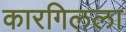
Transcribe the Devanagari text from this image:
कारगिलला